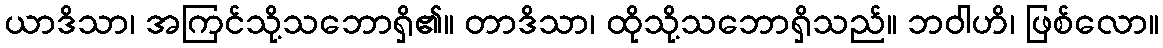
ယာဒိသာ၊ အကြင်သို့သဘောရှိ၏။ တာဒိသာ၊ ထိုသို့သဘောရှိသည်။ ဘဝါဟိ၊ ဖြစ်လော။